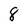
Character: 8